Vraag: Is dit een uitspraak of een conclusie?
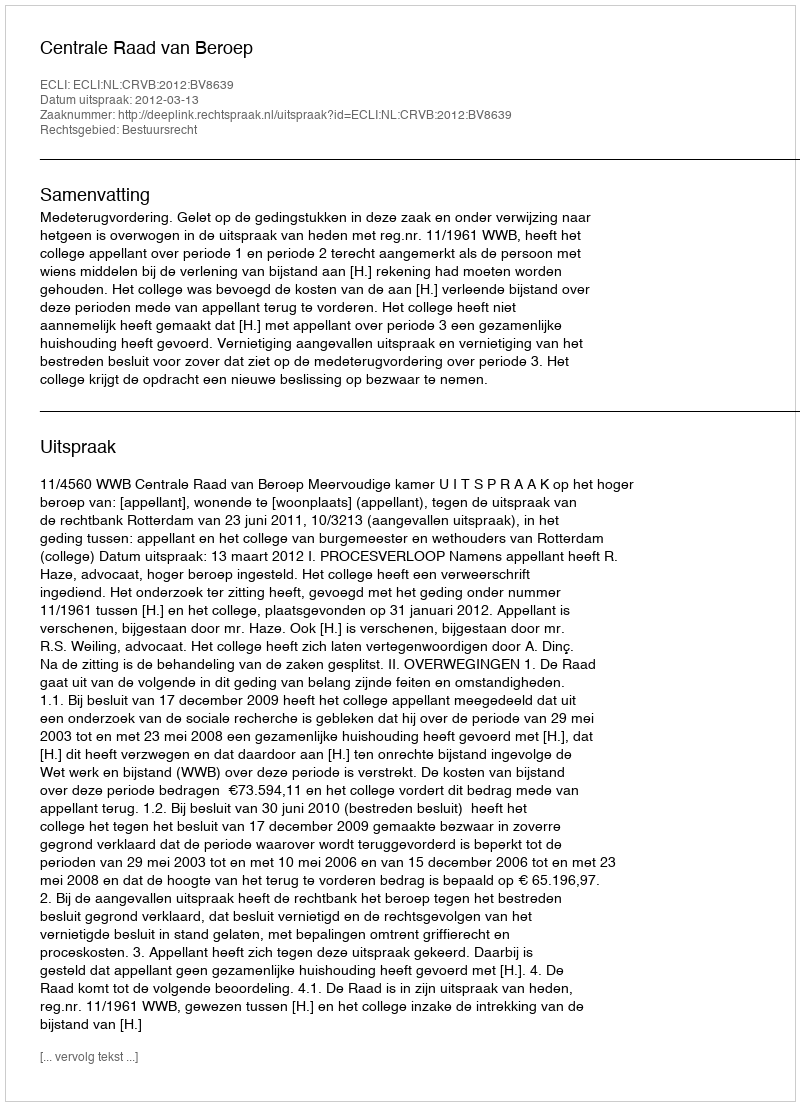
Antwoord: Uitspraak